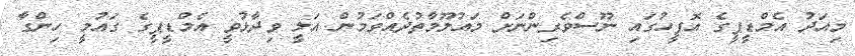
މިއަދު އެމްޑީޕީގެ އޮފީހުގައި ނޫސްވެރިންނަށް މައުލޫމާތުދެއްވަމުން އަލީ ވިދާޅުވީ އެމްޑީޕީގެ ގައުމީ ހިންގާ